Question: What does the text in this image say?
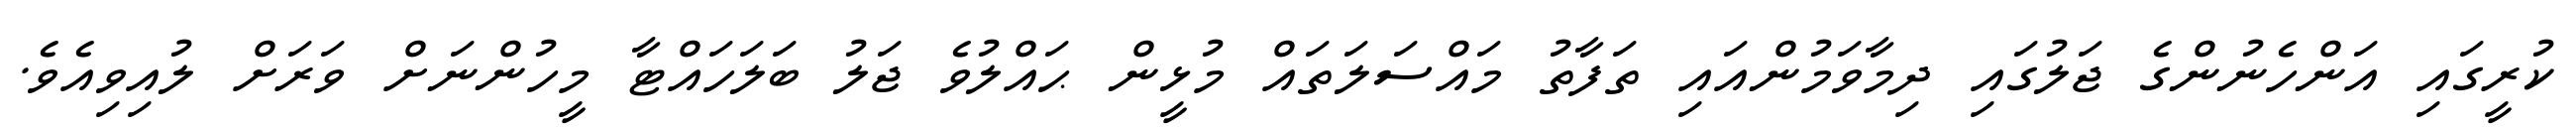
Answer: ކުރީގައި އަންހެނުންގެ ޖަލުގައި ދިމާވަމުންއައި ތަފާތު މައްސަލަތައް މުޅީން ޙައްލުވެ ޖަލު ބަލަހައްޓާ މީހުންނަށް ވަރަށް ލުއިވިއެވެ.